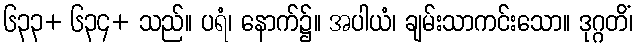
၆၃၃+ ၆၃၄+ သည်။ ပရံ၊ နောက်၌။ အပါယံ၊ ချမ်းသာကင်းသော။ ဒုဂ္ဂတိံ၊